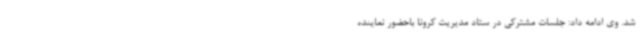
شد. وی ادامه داد: جلسات مشترکی در ستاد مدیریت کرونا باحضور نماینده